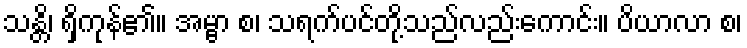
သန္တိ၊ ရှိကုန်၏။ အမ္ဗာ စ၊ သရက်ပင်တို့သည်လည်းကောင်း။ ပိယာလာ စ၊